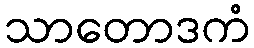
သာတောဒကံ